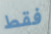
فقط